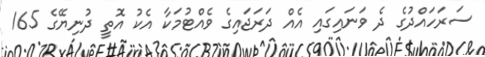
ސަރަހައްދުގެ ދެ ވަނައިގައި އެއް ދަރަޖައިގެ ވެއްޓުމަކާ އެކު އޮތީ ދުނިޔޭގެ 165